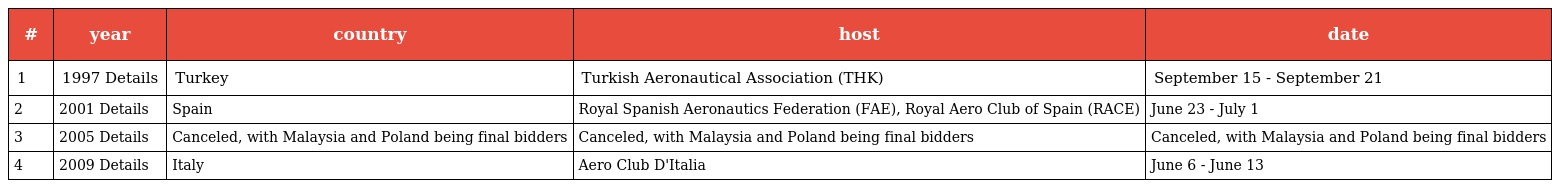
| # | year | country | host | date |
 | --- | --- | --- | --- | --- |
 | 1 | 1997 Details | Turkey | Turkish Aeronautical Association (THK) | September 15 - September 21 |
 | 2 | 2001 Details | Spain | Royal Spanish Aeronautics Federation (FAE), Royal Aero Club of Spain (RACE) | June 23 - July 1 |
 | 3 | 2005 Details | Canceled, with Malaysia and Poland being final bidders | Canceled, with Malaysia and Poland being final bidders | Canceled, with Malaysia and Poland being final bidders |
 | 4 | 2009 Details | Italy | Aero Club D'Italia | June 6 - June 13 |